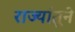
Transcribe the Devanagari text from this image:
राज्यांतूने